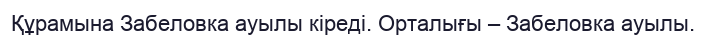
Құрамына Забеловка ауылы кіреді. Орталығы – Забеловка ауылы.